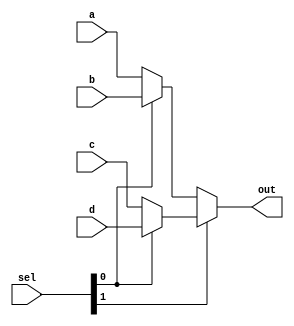
`timescale 1ns / 1ps


module MUX4x1  ( input  a, input  b, input  c, input  d,
input [1:0]sel,  output  out );

assign out = sel[1] ? (sel[0] ? d : c ) : (sel[0] ? b:a ) ; 

endmodule